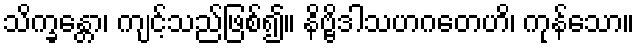
သိက္ခန္တော၊ ကျင့်သည်ဖြစ်၍။ နိဗ္ဗိဒါသဟဂတေဟိ၊ ကုန်သော။